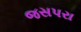
જસપરા